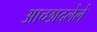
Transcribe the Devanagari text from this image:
अाच्छादलेले